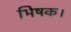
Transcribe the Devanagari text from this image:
भिषक।